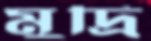
মুদ্রি